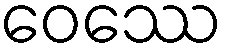
ဝေဿေ